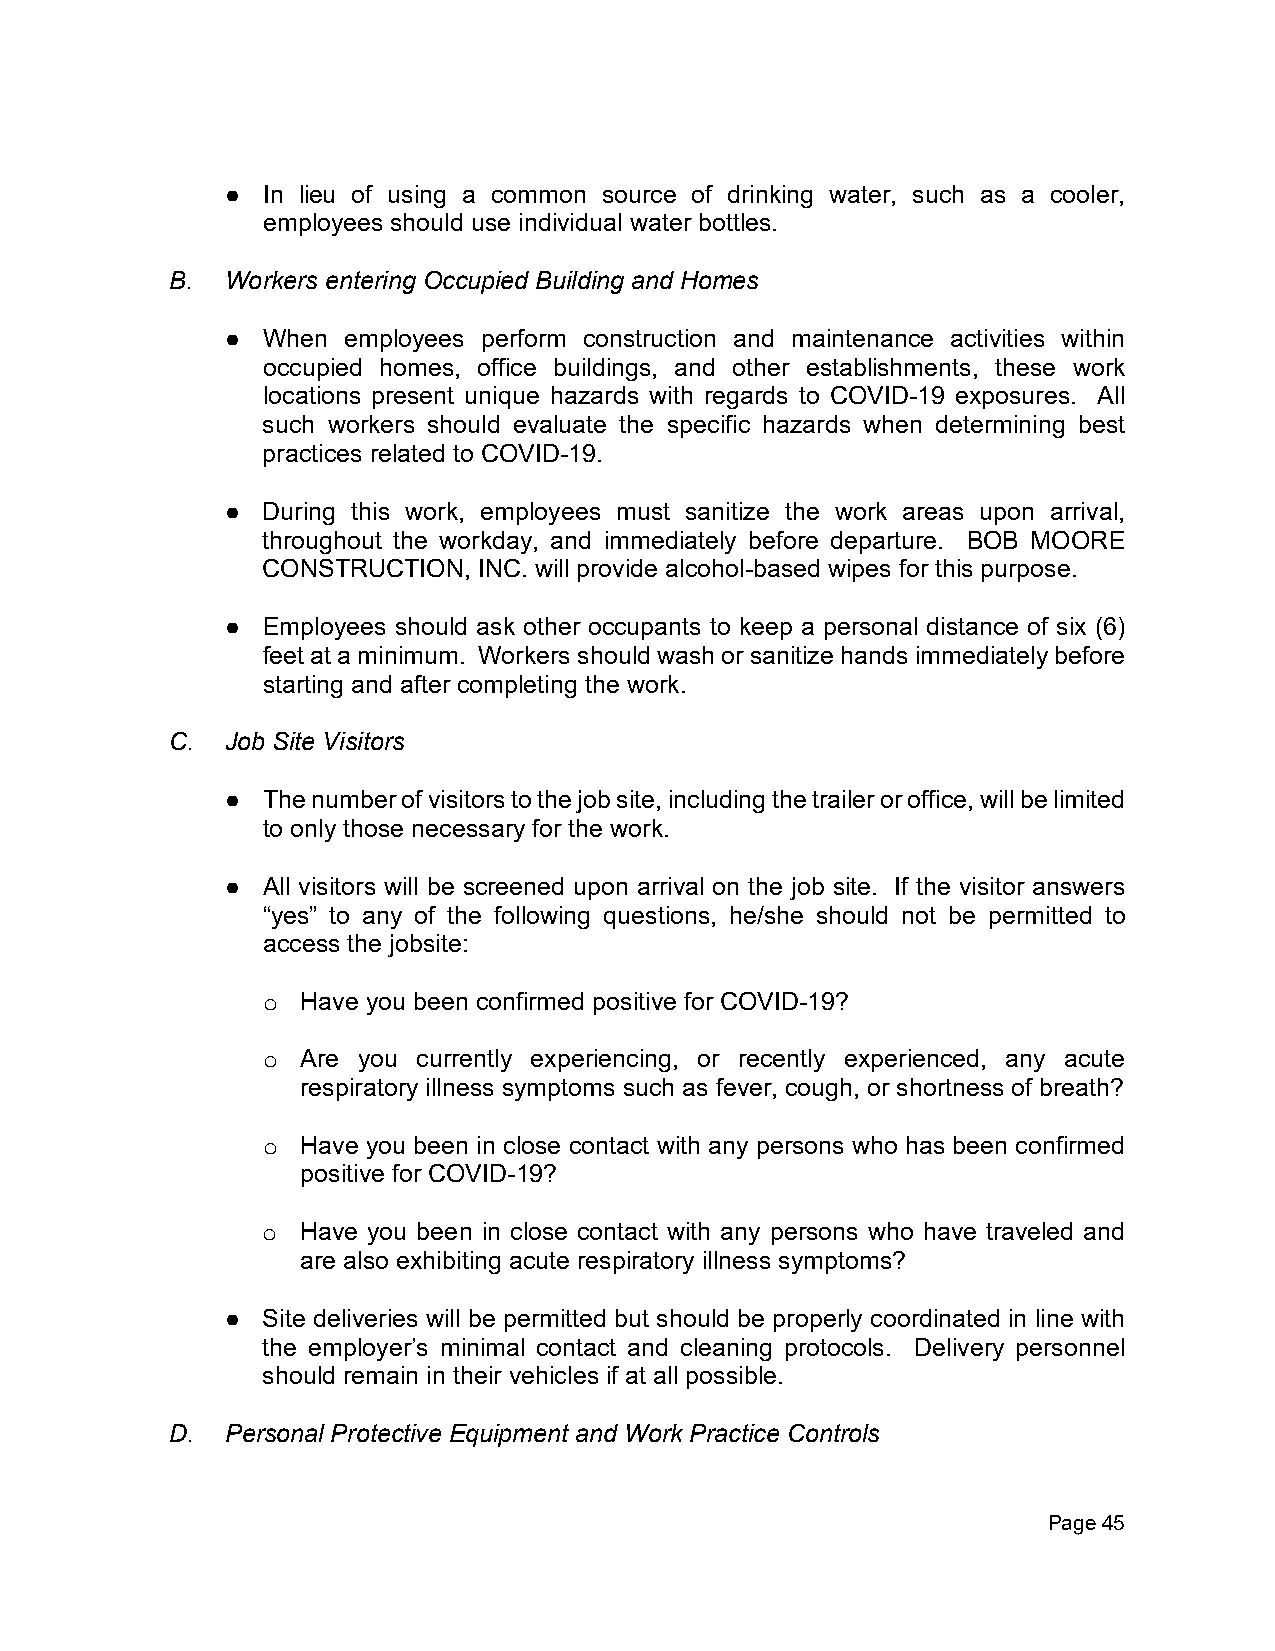
● In lieu of using a common source of drinking water, such as a cooler,
 employees should use individual water bottles.
 B.  Workers entering Occupied Building and Homes
 ● When  employees perform construction and maintenance activities within
 occupied homes, office buildings, and other establishments, these work
 locations present unique hazards with regards to COVID-19 exposures. All
 such workers should evaluate the specific hazards when determining best
 practices related to COVID-19.
 ● During this work, employees must sanitize the work areas upon arrival,
 throughout the workday, and immediately before departure. BOB MOORE
 CONSTRUCTION,  INC. will provide alcohol-based wipes for this purpose.
 ● Employees should ask other occupants to keep a personal distance of six (6)
 feet at a minimum. Workers should wash or sanitize hands immediately before
 starting and after completing the work.
 C.  Job Site Visitors
 ● The number of visitors to the job site, including the trailer or office, will be limited
 to only those necessary for the work.
 ● All visitors will be screened upon arrival on the job site. If the visitor answers
 “yes” to any of the following questions, he/she should not be permitted to
 access the jobsite:
 Have you been confirmed positive for COVID-19?
 o
 Are you currently experiencing, or recently experienced, any acute
 o
 respiratory illness symptoms such as fever, cough, or shortness of breath?
 Have you been in close contact with any persons who has been confirmed
 o
 positive for COVID-19?
 Have you been in close contact with any persons who have traveled and
 o
 are also exhibiting acute respiratory illness symptoms?
 ● Site deliveries will be permitted but should be properly coordinated in line with
 the employer’s minimal contact and cleaning protocols. Delivery personnel
 should remain in their vehicles if at all possible.
 D.  Personal Protective Equipment and Work Practice Controls
 Page 45